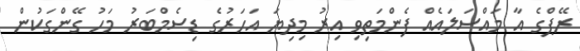
ރޭޕްގެ އާ މައްސަލައެއް ފެންމަތިވި އިރު މިދިޔަ އަހަރުގެ ޑިސެމްބަރު މަހު ގޭންގަކުން